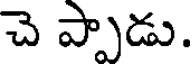
చె ప్పాడు.